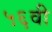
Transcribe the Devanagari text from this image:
५६वी